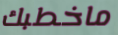
ماخطبك